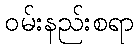
ဝမ်းနည်းစရာ